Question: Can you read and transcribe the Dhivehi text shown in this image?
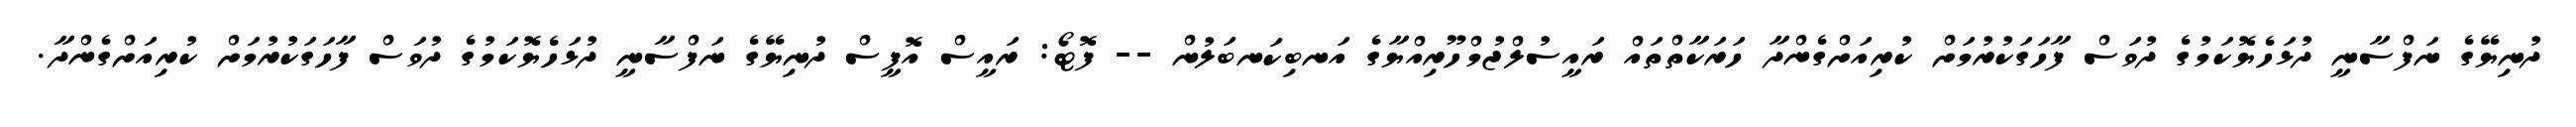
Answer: ދުނިޔޭގެ ނަފްސާނީ ދުޅަހެޔޮކަމުގެ ދުވަސް ފާހަގަކުރުމަށް ކުރިއަށްގެންދާ ހަރަކާތްތައް ރައީސުލްޖުމްހޫރިއްޔާގެ އަނބިކަނބަލުން -- ފޮޓޯ: ރައީސް އޮފީސް ދުނިޔޭގެ ނަފްސާނީ ދުޅަހެޔޮކަމުގެ ދުވަސް ފާހަގަކުރުމަށް ކުރިއަށްގެންދާ.